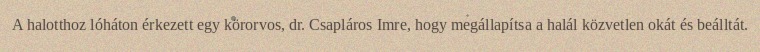
A halotthoz lóháton érkezett egy körorvos, dr. Csapláros Imre, hogy megállapítsa a halál közvetlen okát és beálltát.